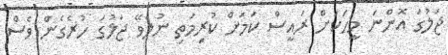
ޖަލުގަ އޮންނަ މީހަކަށް ރައީސް ކަމަށް ކުރިމަތި ނުލެވޭ ޖަލުގަ ހުރެގެން ވެސް